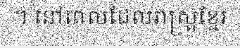
។ នៅពេលដែលរាស្ត្រខ្មែរ